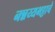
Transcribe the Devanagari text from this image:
नन्नय्यभट्टाचे